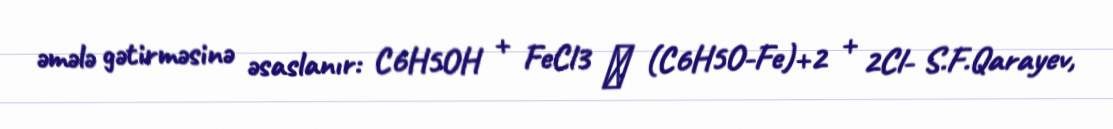
əmələ gətirməsinə əsaslanır: C6H5OH + FeCl3 → (C6H5O-Fe)+2 + 2Cl- S.F.Qarayev,